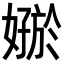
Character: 𪦟